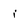
Character: i